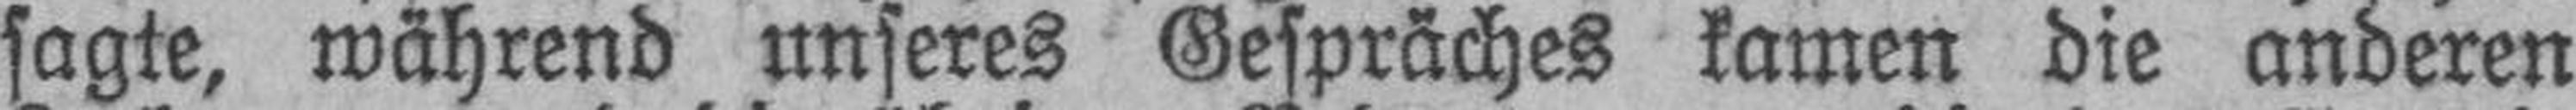
sagte, während unseres Gespräches kamen die anderen